Source: Handwritten
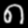
Digit: ၈ (8)